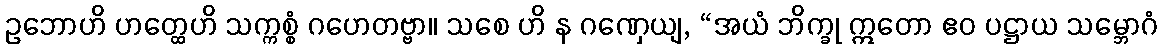
ဥဘောဟိ ဟတ္ထေဟိ သက္ကစ္စံ ဂဟေတဗ္ဗာ။ သစေ ဟိ န ဂဏှေယျ, “အယံ ဘိက္ခု ဣတော ဧဝ ပဋ္ဌာယ သမ္ဘောဂံ